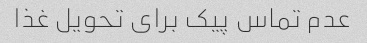
عدم تماس پیک برای تحویل غذا